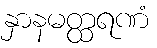
နှာနမတ္ထရဏံ